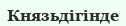
Князьдігінде